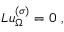
L u _ { \Omega } ^ { ( \sigma ) } = 0 \ ,